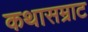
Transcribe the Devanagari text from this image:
कथासम्राट